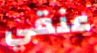
عنقي